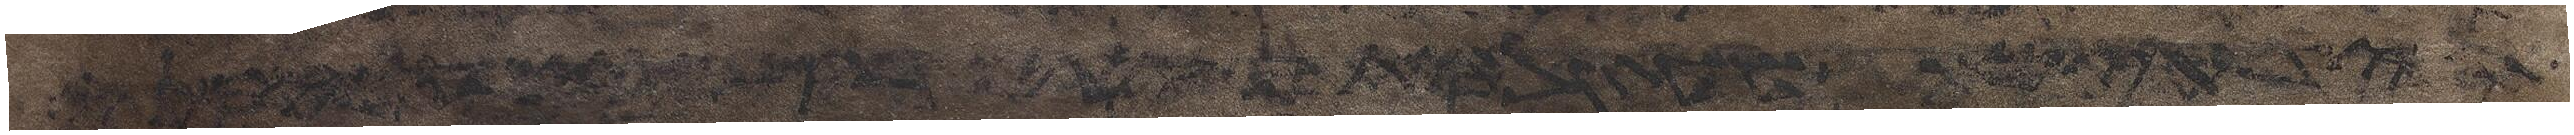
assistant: המשפטים האלה והצילו העדה את המכה מיד גאל הדם